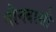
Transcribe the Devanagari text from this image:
यौनदासी